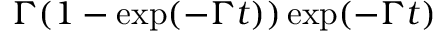
\Gamma ( 1 - \exp ( - \Gamma t ) ) \exp ( - \Gamma t )